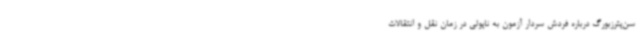
سن‌پترزبورگ درباره فردش سردار آزمون به ناپولی در زمان نقل و انتقالات